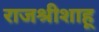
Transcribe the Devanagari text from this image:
राजश्रीशाहू